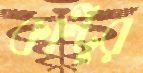
কাল্টুর